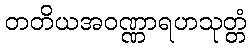
တတိယအဝဏ္ဏာရဟသုတ္တံ